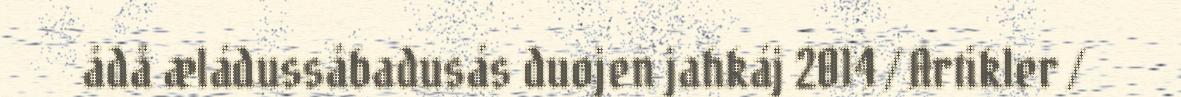
ådå æládussåbadusás duojen jahkáj 2014 / Artikler /